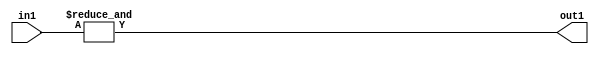
`timescale 1ps / 1ps
/*****************************************************************************
    Verilog RTL Description
    
    
    Created by: Stratus DpOpt 2019.1.01 
*******************************************************************************/

module st_weight_addr_gen_AndReduction_4S_1U_4_1 (
	in1,
	out1
	); /* architecture "behavioural" */ 
input [3:0] in1;
output  out1;
wire  asc001;

assign asc001 = 
	(&in1);

assign out1 = asc001;
endmodule

/* CADENCE  urfyTQ0= : u9/ySgnWtBlWxVPRXgAZ4Og= ** DO NOT EDIT THIS LINE ******/